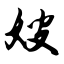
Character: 嫂